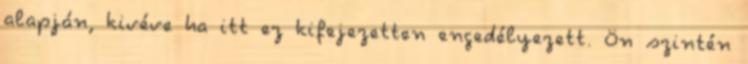
alapján, kivéve ha itt ez kifejezetten engedélyezett. Ön szintén